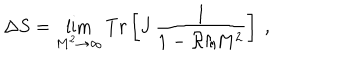
LaTeX: \Delta S = \lim _ { M ^ { 2 } \rightarrow \infty } T r \left[ J \, \frac { 1 } { 1 - { \cal R } / M ^ { 2 } } \right] \ ,